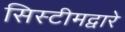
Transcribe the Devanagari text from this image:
सिस्टीमद्वारे